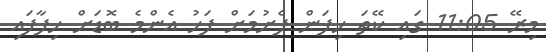
މިރޭ 11:05 ގައި ކޭތަ ހިފަން ފެށުމަށް ފަހު އެންމެ ބޮޑަށް ހިފާފައި